Vaccination in Bombay 1902-1912 - 1902-1912
Year: 1902
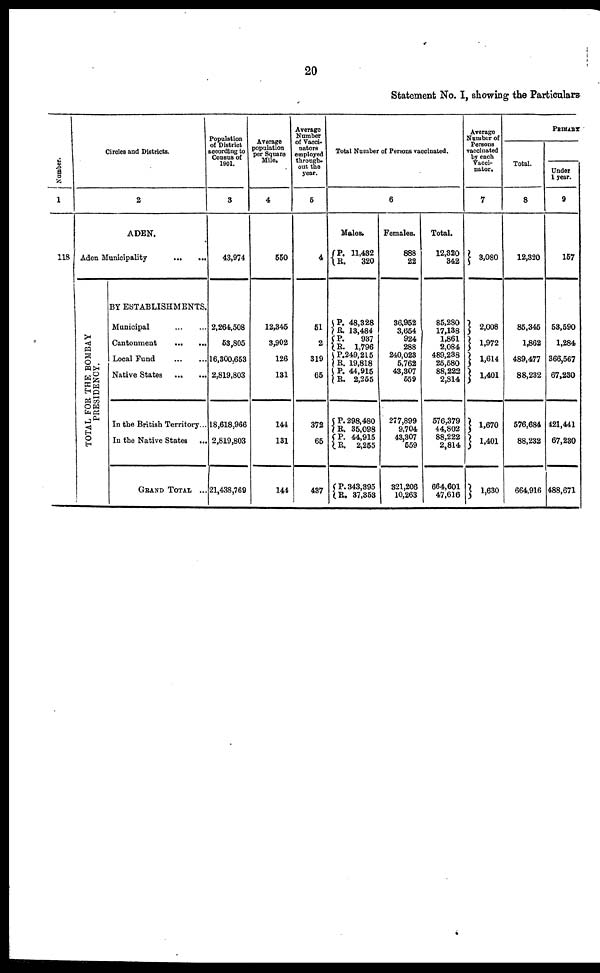
20
Statement No. I, showing the Particulars
Number.
1
118
Circles and Districts.
2
ADEN.
Aden Municipality
...
...
TOTAL FOR THE BOMBAY
PRESIDENCY.
BY ESTABLISHMENTS.
Municipal
...
...
Cantonment
...
...
Local Fund
...
...
Native States
...
...
In the British Territory...
In the Native States
...
GRAND TOTAL ...
Population
of District
according to
Census of
1901.
3
43,974
2,264,508
53,805
16,300,653
2,819,803
18,618,966
2,819,803
21,438,769
Average
population
per Square
Mile.
4
550
12,345
3,902
126
131
144
131
144
Average
Number
of Vacci-
nators
employed
through-
out the
year.
5
4
51
2
319
65
372
65
437
Total Number of Persons vaccinated.
6
Males.
P.
R.
P.
R.
P.
R.
P.
R.
P.
R.
P.
R.
P.
R.
P.
R.
11,432
320
48,328
13,484
937
1,796
249,215
19,818
44,915
2,255
298,480
35,098
44,915
2,255
343,395
37,353
Females.
888
22
36,952
3,654
924
288
240,023
5,762
43,307
559
277,899
9,704
43,307
559
321,206
10,263
Total.
12,320
342
85,280
17,138
1,861
2,084
489,238
25,580
88,222
2,814
576,379
44,802
88,222
2,814
664,601
47,616
Average
Number of
Persons
vaccinated
by each
Vacci-
nator.
7
3,080
2,008
1,972
1,614
1,401
1,670
1,401
1,630
PRIMARY
Total.
8
12,320
85,345
1,862
489,477
88,232
576,684
88,232
664,916
Under
1 year.
9
157
53,590
1,284
366,567
67,230
421,441
67,230
488,671